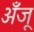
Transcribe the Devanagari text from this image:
अँजू